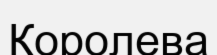
Королева